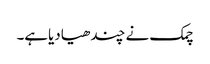
چمک نے چندھیادیاہے۔